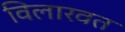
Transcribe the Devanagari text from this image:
विलारवत